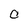
Character: c